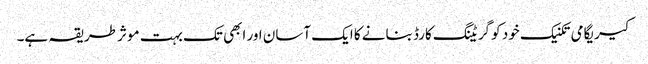
کیریگامی تکنیک خود کو گریٹنگ کارڈ بنانے کا ایک آسان اور ابھی تک بہت موثر طریقہ ہے۔